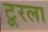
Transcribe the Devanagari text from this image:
टूरला